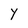
Character: Y